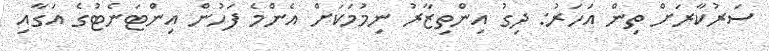
ސަރުކާރަށް ތިން އަހަރު: ދިގު އިންތިޒާރު ނިމުމަކަށް އެންމެ ފަހުން އިންޓަނެޓުގެ އަގާއި